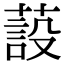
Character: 蔎